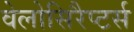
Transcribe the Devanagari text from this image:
वेलोसिरैप्टर्स